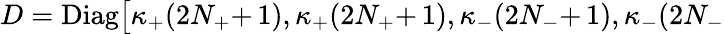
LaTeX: D=\mathrm{Diag}\big[\kappa_{+}(2N_{+}{+}\, 1),\kappa_{+}(2N_{+}{+}\, 1),\kappa_{-}(2N_{-}{+}\, 1),\kappa_{-}(2N_{-}